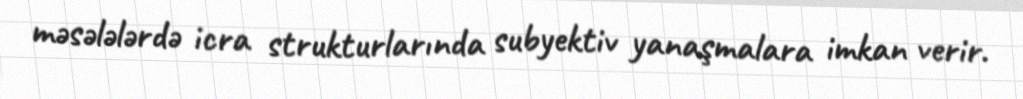
məsələlərdə icra strukturlarında subyektiv yanaşmalara imkan verir.